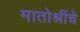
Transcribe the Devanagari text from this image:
मातोश्रींचे